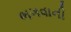
ભગવાની